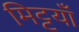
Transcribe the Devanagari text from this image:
मिट्टयाँ